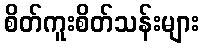
စိတ်ကူးစိတ်သန်းများ